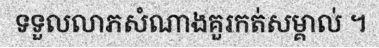
ទទួលលាភសំណាងគួរកត់សម្គាល់ ។